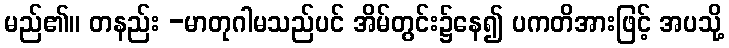
မည်၏။ တနည်း -မာတုဂါမသည်ပင် အိမ်တွင်း၌နေ၍ ပကတိအားဖြင့် အပသို့